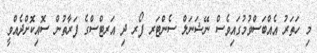
މި ހަތަރު އެއްބަސްވުމުގައިވެސް ނޭޝަނަލް ސެންޓަރ ފޯރ ދި އަރޓްސްގެ ފަރާތުން ސޮއިކޮށްދެއްވީ